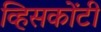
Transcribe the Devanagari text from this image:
व्हिसकोंटी